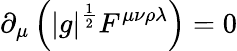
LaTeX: \partial_{\mu}\left(|g|^{\frac{1}{2}}F^{\mu\nu\rho\lambda}\right)=0